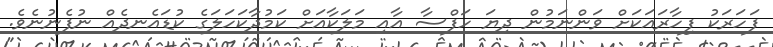
ފަހަރަކު ފިހާރައަކަށް ވަންނަމުން ދިޔަ ހަފްސާ އާއި މަލަކާއަށް ކަމުދާކަހަލަގެ ކުޑައެނދެއް ނުފެނުނެވެ.